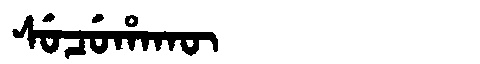
Manchu: ᠰᡠᠴᡠᡥᠠᡴᡡ
Romanization: SUCUHAKŪ